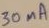
Text: 30mA